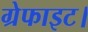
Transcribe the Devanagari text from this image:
ग्रेफाइट।